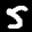
Label: 5